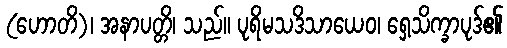
(ဟောတိ)၊ အနာပတ္တိ၊ သည်။ ပုရိမသဒိသာယေဝ၊ ရှေ့သိက္ခာပုဒ်၏